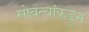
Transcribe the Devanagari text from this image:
सोबत्यांकडून